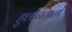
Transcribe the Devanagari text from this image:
हुलोनतालो